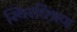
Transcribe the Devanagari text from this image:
स्थिरचित्रण